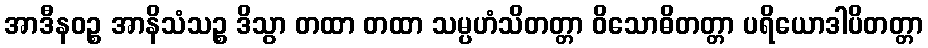
အာဒီနဝဉ္စ အာနိသံသဉ္စ ဒိသွာ တထာ တထာ သမ္ပဟံသိတတ္တာ ဝိသောဓိတတ္တာ ပရိယောဒါပိတတ္တာ